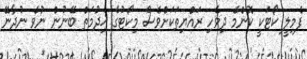
ފެމިލީ ކޯޓަކީ ކޮންމެ ދިވެހި ރައްޔިތަކަށްވެސް މިކޯޓުގެ ޚިދުމަތް ބޭނުން ނުވެ ނުދާނޭ